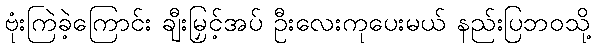
ဗုံးကြဲခဲ့ကြောင်း ချီးမြှင့်အပ် ဦးလေးကုပေးမယ် နည်းပြဘဝသို့